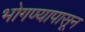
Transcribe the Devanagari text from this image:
भोगण्यापासून